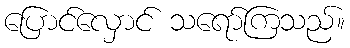
ပြောင်လှောင် သရော်ကြသည်။